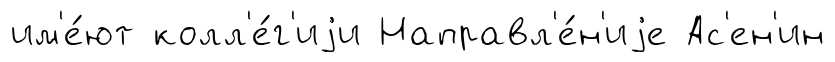
им'е́ют колл'е́г'иjи Направл'е́н'иjе Ас'ен'ин